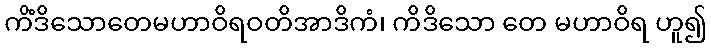
ကိံဒိသောတေမဟာဝိရဝတိအာဒိကံ၊ ကိဒိသော တေ မဟာဝိရ ဟူ၍